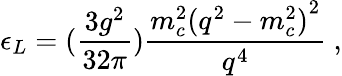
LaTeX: \epsilon_{L}=(\frac{3g^{2}}{32\pi})\frac{m_{c}^{2}{(q^{2}-m_{c}^{2})}^{2}}{q^{4}}~,